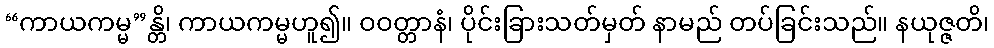
“ကာယကမ္မ”န္တိ၊ ကာယကမ္မဟူ၍။ ဝဝတ္တာနံ၊ ပိုင်းခြားသတ်မှတ် နာမည် တပ်ခြင်းသည်။ နယုဇ္ဇတိ၊